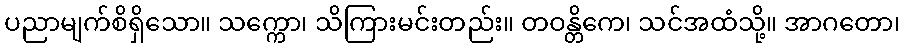
ပညာမျက်စိရှိသော။ သက္ကော၊ သိကြားမင်းတည်း။ တဝန္တိကေ၊ သင်အထံသို့။ အာဂတော၊